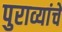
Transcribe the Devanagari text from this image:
पुराव्यांचे